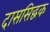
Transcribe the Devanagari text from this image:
दाससिद्धक